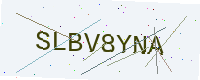
Text: SLBV8YNA